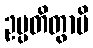
ဥပ္ပတိတွာပိ